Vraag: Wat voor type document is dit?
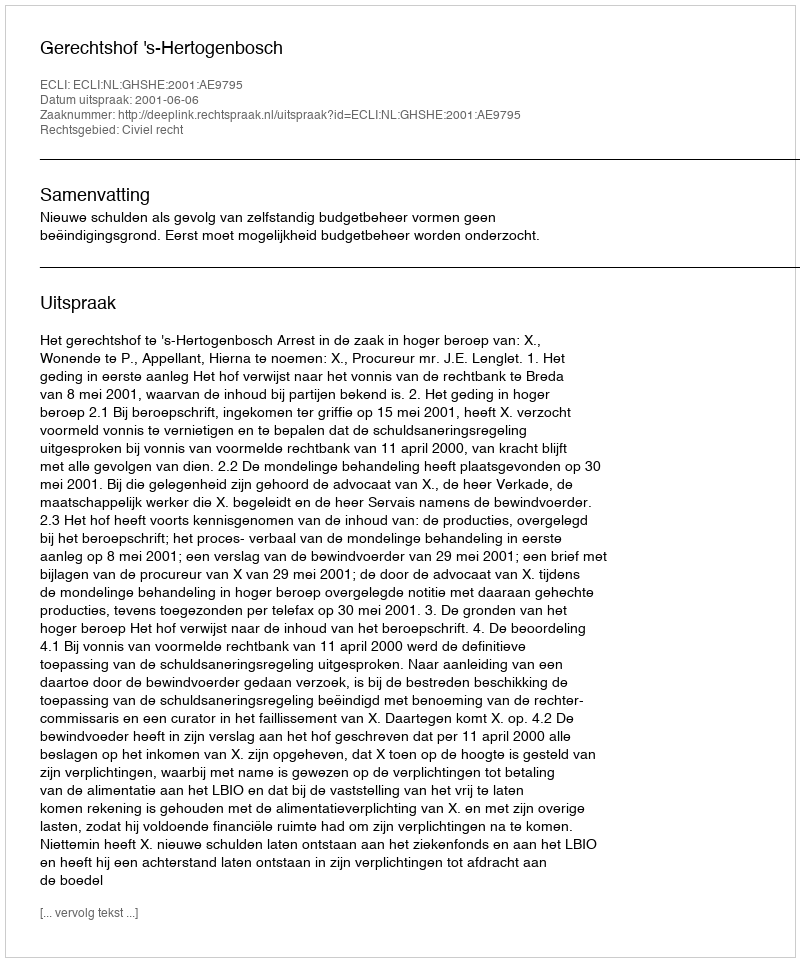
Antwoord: Uitspraak